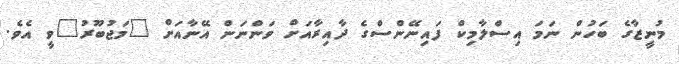
މުނީޒާގެ ބަހުން ނަމަ އިސްލާމިކް ފައިނޭންސްގެ ދާއިރާއަށް ވަންނަން އޭނާއަށް "މަޖުބޫރު"ވީ އެވެ.